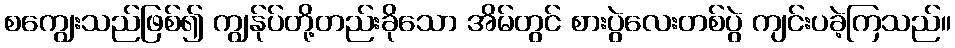
စကျွေးသည်ဖြစ်၍ ကျွန်ုပ်တို့တည်းခိုသော အိမ်တွင် စားပွဲလေးတစ်ပွဲ ကျင်းပခဲ့ကြသည်။